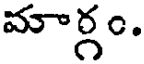
మార్గం.